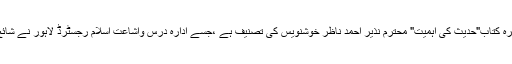
زیر تبصرہ کتاب"حدیث کی اہمیت" محترم نذیر احمد ناظر خوشنویس کی تصنیف ہے ،جسے ادارہ درس واشاعت اسلام رجسٹرڈ لاہور نے شائع کیا ہے۔